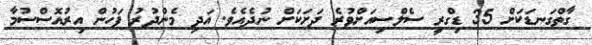
ގާތްގަނޑަކަށް 35 ޑިގްރީ ސެލްސިއަށްވުރެ ދަށަކަށް ނުދެއެވެ. އަދި މެންދުރު ފަހުން އިރުއޮސްސުމާ